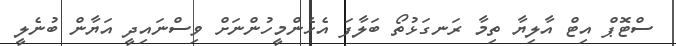
ސްޓޮޕް އިޓް އާލިޔާ ތިމާ ރަނގަޅުތޯ ބަލާފަ އެހެންމީހުންނަށް ވިސްނައިދީ އަޔާން ބުނެލީ